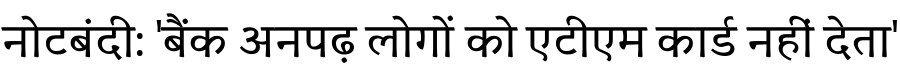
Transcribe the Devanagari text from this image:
नोटबंदी: 'बैंक अनपढ़ लोगों को एटीएम कार्ड नहीं देता'